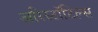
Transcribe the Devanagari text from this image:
अरिस्टॉटिल्स